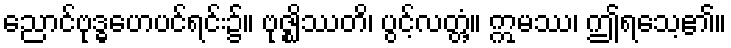
ညောင်ဗုဒ္ဓဟေပင်ရင်း၌။ ဗုဇ္ဈိဿတိ၊ ပွင့်လတ္တံ့။ ဣမဿ၊ ဤရသေ့၏။